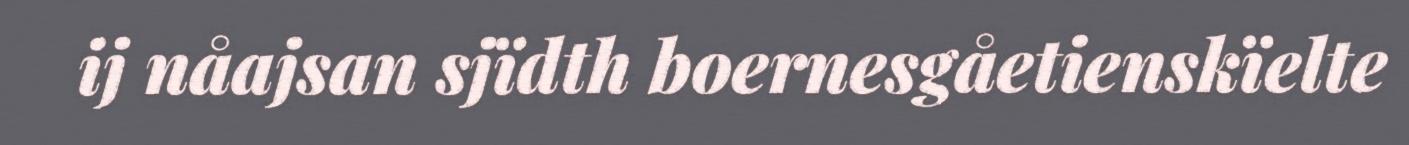
ij nåajsan sjïdth boernesgåetienskïelte